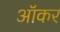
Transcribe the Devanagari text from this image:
ऑकर